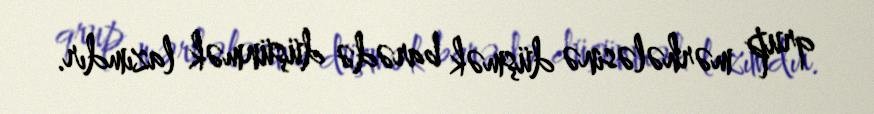
qrup mərhələsinə düşmək barədə düşünmək lazımdır.